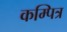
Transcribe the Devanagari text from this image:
कम्पित्र